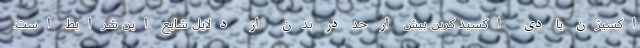
اکسیژن یا دی اکسید کربن بیش از حد در بدن از دلایل شایع این شرایط است.